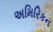
અમિરિકન